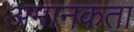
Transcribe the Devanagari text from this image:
अमानकता